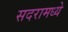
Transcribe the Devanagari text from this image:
सदरामध्ये